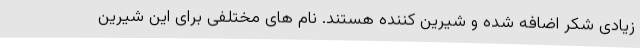
زیادی شکر اضافه شده و شیرین کننده هستند. نام های مختلفی برای این شیرین